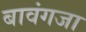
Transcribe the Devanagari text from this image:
बावंगजा